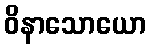
ဝိနာသောယော